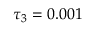
\tau _ { 3 } = 0 . 0 0 1